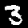
Label: 3